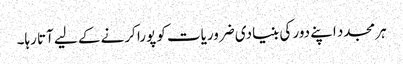
ہر مجدد اپنے دور کی بنیادی ضروریات کو پورا کرنے کے لیے آتا رہا۔